Civil Veterinary Dept. Assam report 1927-50 - 1927-1950
Year: 1927
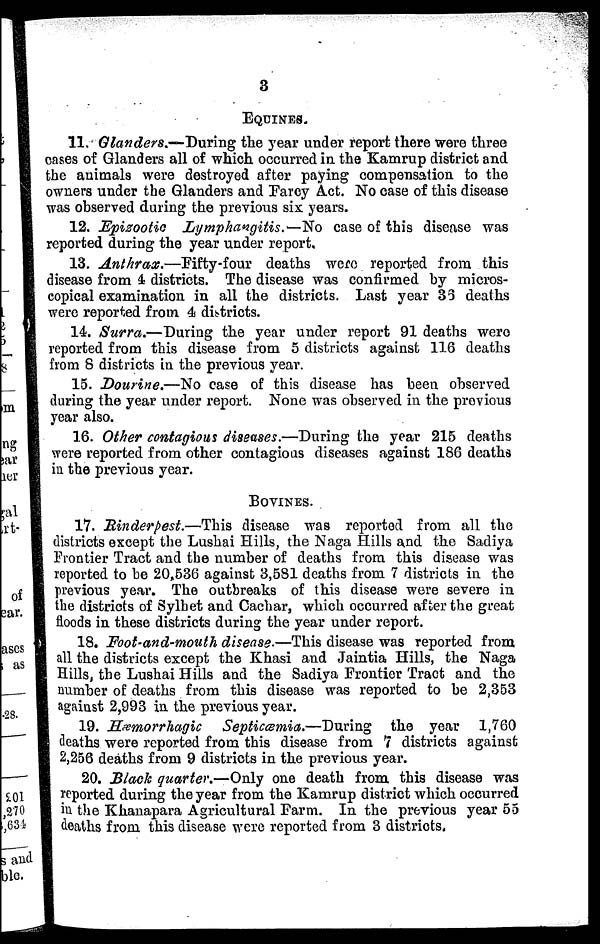
3
EQUINES.
11. Glanders.—During the year under report there were three
cases of Glanders all of which occurred in the Kamrup district and
the animals were destroyed after paying compensation to the
owners under the Glanders and Farcy Act. No case of this disease
was observed during the previous six years.
12. Epizootic
Lymphangitis.—No
case of this disease was
reported during the year under report.
13. Anthrax.—Fifty-four
deaths were reported from this
disease from 4 districts. The disease was confirmed by micros-
copical examination in all the districts. Last year 35 deaths
were reported from 4 districts.
14. Surra.—During the year under report 91 deaths were
reported from this disease from 5 districts against 116 deaths
from 8 districts in the previous year.
15. Dourine.—No case of this disease has been observed
during the year under report. None was observed in the previous
year also.
16. Other contagious diseases.—During the year 215 deaths
were reported from other contagious diseases against 186 deaths
in the previous year.
BOVINES.
17. Rinderpest.—This disease was reported from all the
districts except the Lushai Hills, the Naga Hills and the Sadiya
Frontier Tract and the number of deaths from this disease was
reported to be 20,536 against 3,581 deaths from 7 districts in the
previous year. The outbreaks of this disease wore severe in
the districts of Sylhet and Cachar, which occurred after the great
floods in these districts during the year under report.
18. Foot-and-mouth disease.—This disease was reported from
all the districts except the Khasi and Jaintia Hills, the Naga
Hills, the Lushai Hills and the Sadiya Frontier Tract and the
number of deaths from this disease was reported to be 2,353
against 2,993 in the previous year.
19. Hæmorrhagic
Septicæmia.—During
the year 1,760
deaths were reported from this disease from 7 districts against
2,256 deaths from 9 districts in the previous year.
20. Black quarter.—Only one death from this disease was
reported during the year from the Kamrup district which occurred
in the Khanapara Agricultural Farm. In the previous year 55
deaths from this disease were reported from 3 districts.